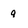
Character: 9